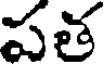
పత